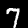
Label: 7